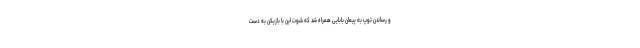
و رساندن توپ به پیمان بابایی همراه شد که شوت این با بازیکن به دست